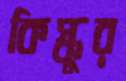
কিস্কুর